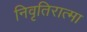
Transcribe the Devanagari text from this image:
निवृतिरात्मा